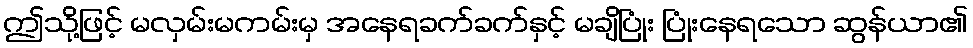
ဤသို့ဖြင့် မလှမ်းမကမ်းမှ အနေရခက်ခက်နှင့် မချိပြုံး ပြုံးနေရသော ဆွန်ယာ၏